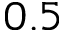
0 . 5